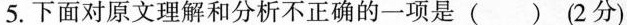
5.下面对原文理解和分析不正确的一项是( )(2分)